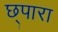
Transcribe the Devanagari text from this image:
छ्पारा